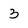
Character: 3